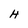
Character: H